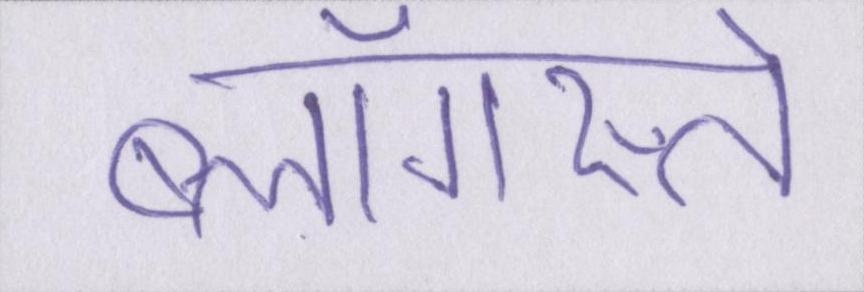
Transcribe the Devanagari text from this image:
ब्लॉगस्ते